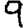
Digit: 9